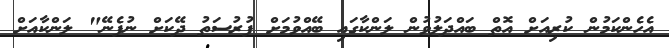
އެހެންކަމުން ކުރިއަށް އޮތް ބައްދަލުވުން ލަންކާގައި ބޭއްވުމަށް ފުރުސަތު ދޭކަށް ނުފެނޭ" ލަންކާއަށް